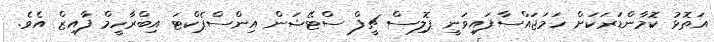
އަތޮޅު ކޮމާންޑަރަކަށް ހަމަޖައްސާފައިވަނީ ޕޮލިސް ޗީފް ސްޓޭޝަން އިންސްޕެކްޓަ އިބްރާހީމް ފާއިޒް އެވެ.